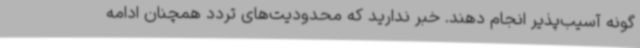
گونه آسیب‌پذیر انجام دهند. خبر ندارید که محدودیت‌های تردد همچنان ادامه